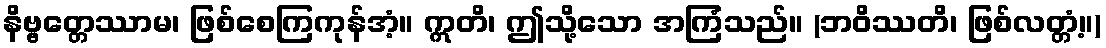
နိဗ္ဗတ္တေဿာမ၊ ဖြစ်စေကြကုန်အံ့။ ဣတိ၊ ဤသို့သော အကြံသည်။ (ဘဝိဿတိ၊ ဖြစ်လတ္တံ့။)